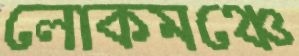
লোকমঞ্চে